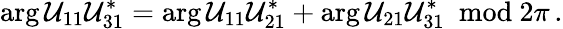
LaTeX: \arg\mathcal{U}_{11}\mathcal{U}_{31}^{*}=\arg\mathcal{U}_{11}\mathcal{U}_{21}^{*}+\arg\mathcal{U}_{21}\mathcal{U}_{31}^{*}~~\mathrm{{mod}}~2\pi\, .